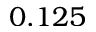
0 . 1 2 5